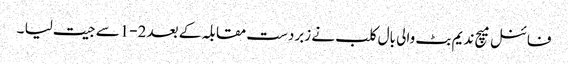
فائنل میچ ندیم بٹ والی بال کلب نے زبردست مقابلہ کے بعد 2-1سے جیت لیا ۔